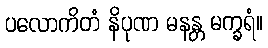
ပလောကိတံ နိပုဏ မနန္တ မက္ခရံ။